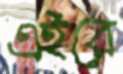
এইরে